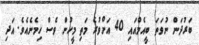
ބަރުދަން ނުވަތަ ބީއެމްއައި 40 އަށްވުރެ މަތި މީހުން ވެސް ހިމެނެއެެވެ. އަދި